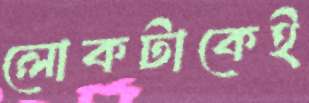
লোকটাকেই